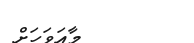
މާއަވަހަށް